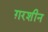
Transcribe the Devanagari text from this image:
ग़रशीन